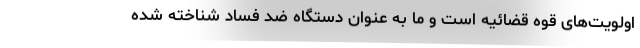
اولویت‌های قوه قضائیه است و ما به عنوان دستگاه ضد فساد شناخته شده